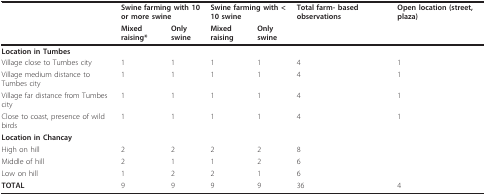
<table><thead><tr><td></td><td colspan="2"><b>Swine farming with 10 or more swine</b></td><td colspan="2"><b>Swine farming with &lt; 10 swine</b></td><td><b>Total farm- based observations</b></td><td><b>Open location (street, plaza)</b></td></tr><tr><td></td><td><b>Mixed raising*</b></td><td><b>Only swine</b></td><td><b>Mixed raising</b></td><td><b>Only swine</b></td><td></td><td></td></tr></thead><tbody><tr><td><b>Location in Tumbes</b></td><td></td><td></td><td></td><td></td><td></td><td></td></tr><tr><td>Village close to Tumbes city</td><td>1</td><td>1</td><td>1</td><td>1</td><td>4</td><td>1</td></tr><tr><td>Village medium distance to Tumbes city</td><td>1</td><td>1</td><td>1</td><td>1</td><td>4</td><td>1</td></tr><tr><td>Village far distance from Tumbes city</td><td>1</td><td>1</td><td>1</td><td>1</td><td>4</td><td>1</td></tr><tr><td>Close to coast, presence of wild birds</td><td>1</td><td>1</td><td>1</td><td>1</td><td>4</td><td>1</td></tr><tr><td><b>Location in Chancay</b></td><td></td><td></td><td></td><td></td><td></td><td></td></tr><tr><td>High on hill</td><td>2</td><td>2</td><td>2</td><td>2</td><td>8</td><td></td></tr><tr><td>Middle of hill</td><td>2</td><td>1</td><td>1</td><td>2</td><td>6</td><td></td></tr><tr><td>Low on hill</td><td>1</td><td>2</td><td>2</td><td>1</td><td>6</td><td></td></tr><tr><td><b>TOTAL</b></td><td>9</td><td>9</td><td>9</td><td>9</td><td>36</td><td>4</td></tr></tbody></table>